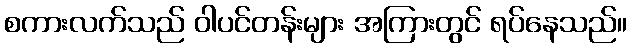
စကားလက်သည် ဝါပင်တန်းများ အကြားတွင် ရပ်နေသည်။